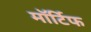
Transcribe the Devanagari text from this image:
मॉर्टिफ